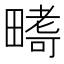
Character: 𭻪